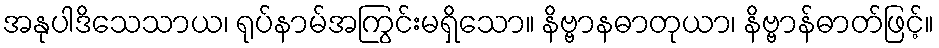
အနုပါဒိသေသာယ၊ ရုပ်နာမ်အကြွင်းမရှိသော။ နိဗ္ဗာနဓာတုယာ၊ နိဗ္ဗာန်ဓာတ်ဖြင့်။